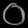
Digit: ၀